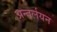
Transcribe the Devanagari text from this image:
अन्तर्लयन